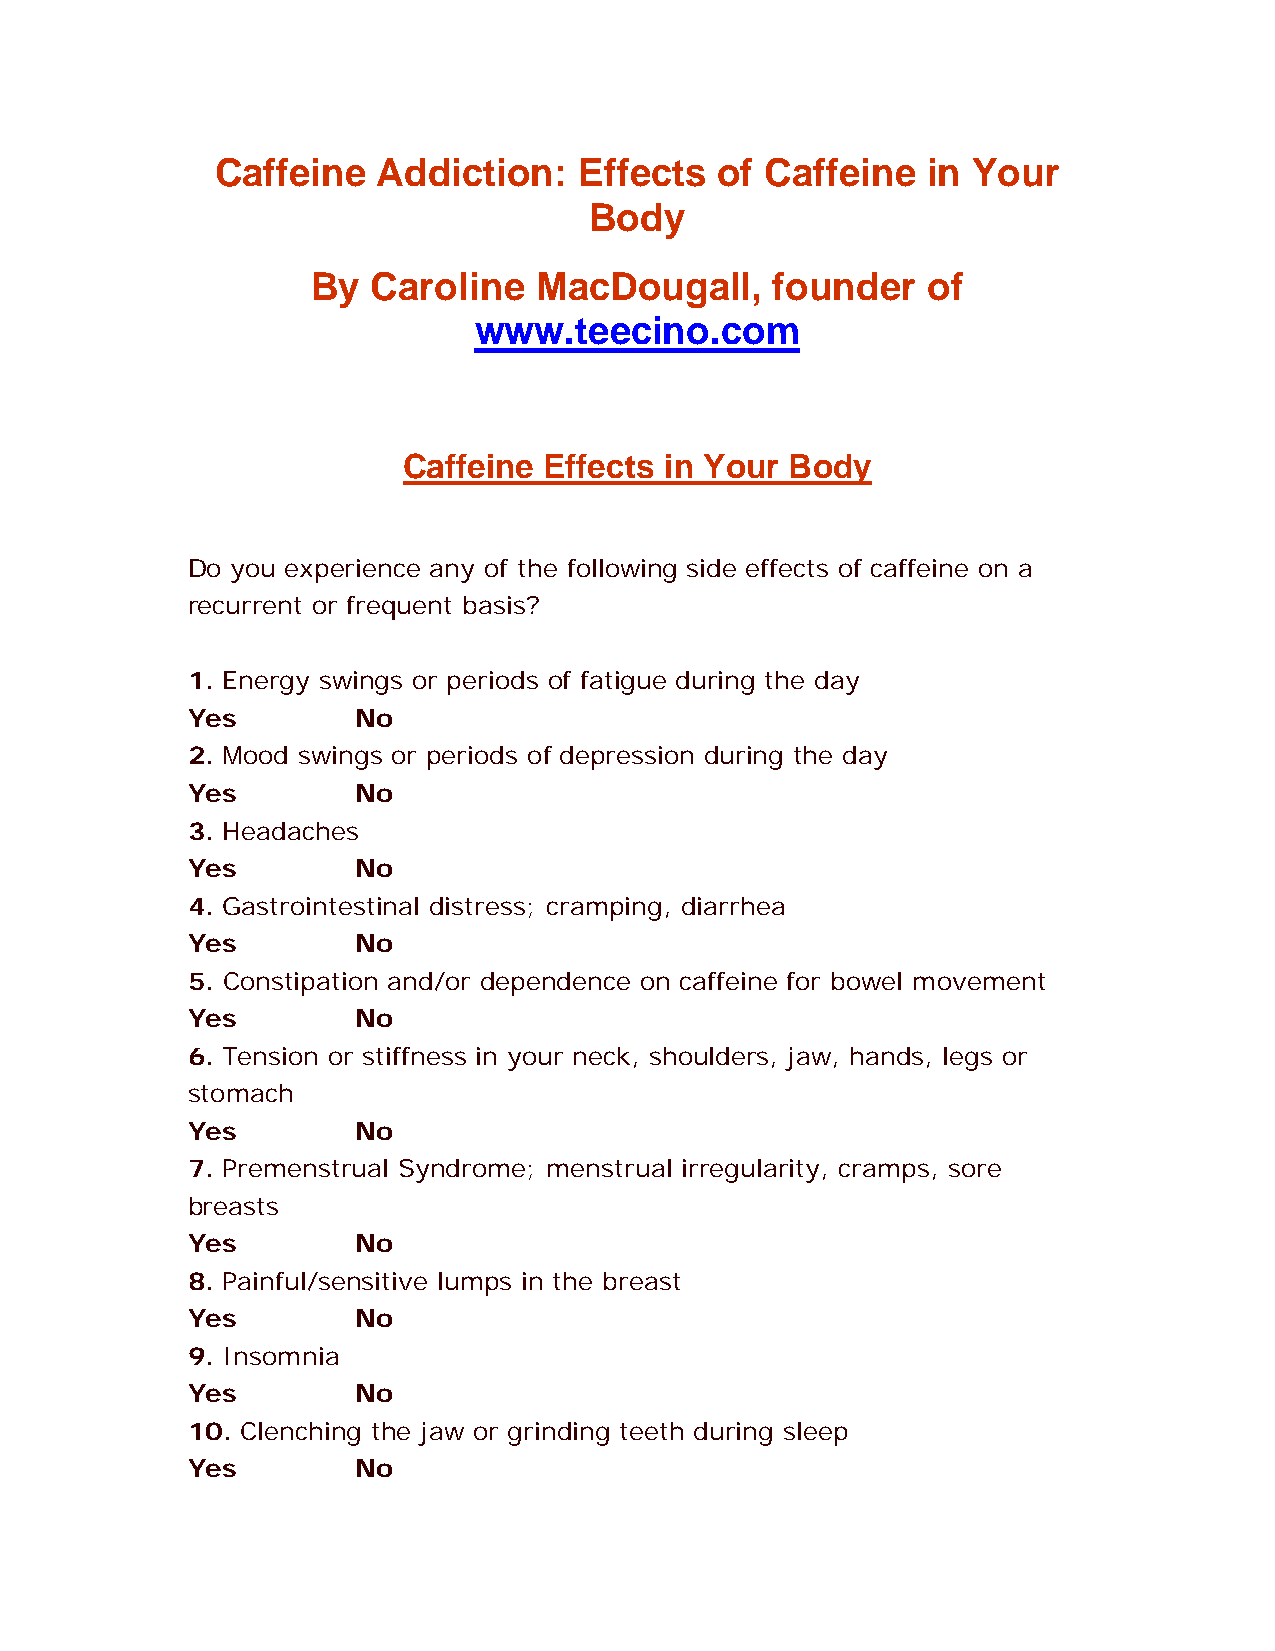
Caffeine   Addiction:   Effects   of Caffeine  in Your
 Body
 By  Caroline  MacDougall,     founder   of
 www.teecino.com
 Caffeine Effects in Your Body
 Do you experience any of the following side effects of caffeine on a
 recurrent or frequent basis?
 1. Energy swings or periods of fatigue during the day
 Yes        No
 2. Mood swings or periods of depression during the day
 Yes        No
 3. Headaches
 Yes        No
 4. Gastrointestinal distress; cramping, diarrhea
 Yes        No
 5. Constipation and/or dependence on caffeine for bowel movement
 Yes        No
 6. Tension or stiffness in your neck, shoulders, jaw, hands, legs or
 stomach
 Yes        No
 7. Premenstrual Syndrome; menstrual irregularity, cramps, sore
 breasts
 Yes        No
 8. Painful/sensitive lumps in the breast
 Yes        No
 9. Insomnia
 Yes        No
 10. Clenching the jaw or grinding teeth during sleep
 Yes        No